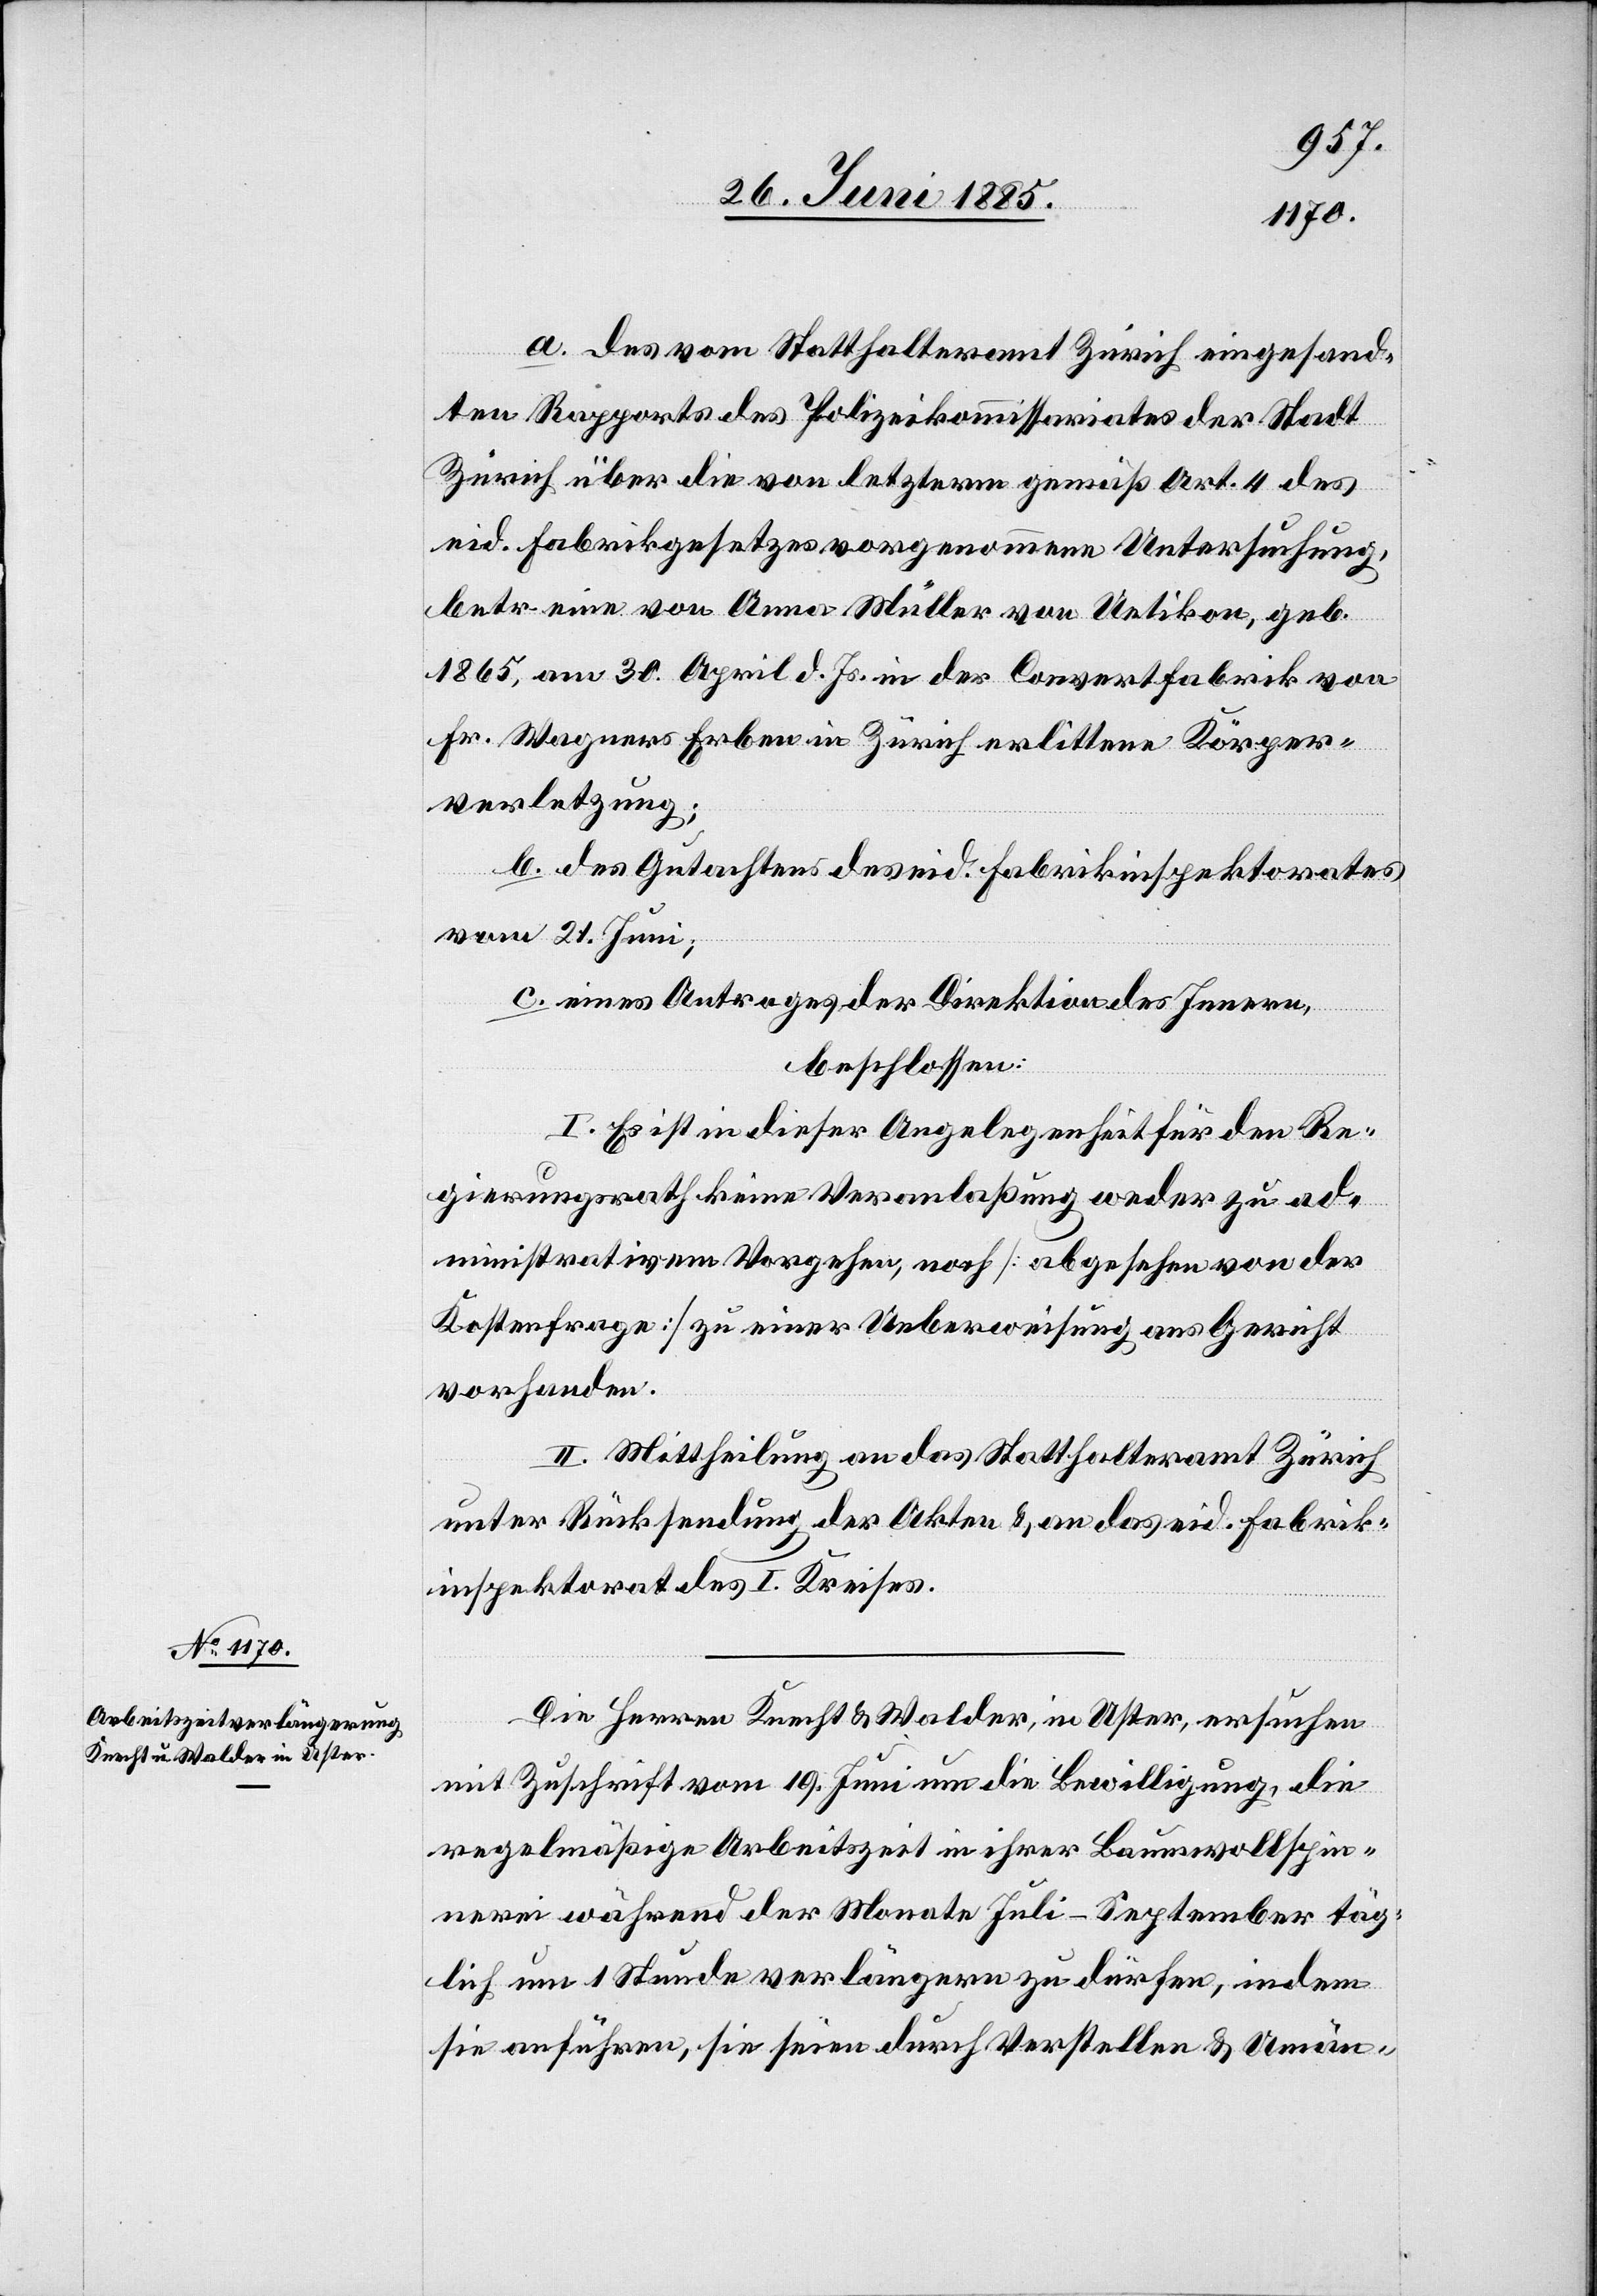
a. des vom Statthalteramt Zürich eingesand¬
ten Rapports des Polizeikommissariates der Stadt
Zürich über die von letzteren gemäß Art. 4 des
eid. Fabrikgesetzes vorgenommene Untersuchung,
betr. eine von Anna Müller von Uetikon, geb.
1865, am 30. April d. Js. in der Couvertfabrik von
Fr. Wagners Erben in Zürich erlittene Körper¬
verletzung;
b. des Gutachtens des eid. Fabrikinspektorates
vom 21. Juni;
c. eines Antrages der Direktion des Innern,
beschlossen:
I. Es ist in dieser Angelegenheit für den Re¬
gierungsrath keine Veranlaßung weder zu ad¬
ministrativem Vorgehen, noch [abgesehen von der
Kostenfrage] zu einer Ueberweisung ans Gericht
vorhanden.
II. Mittheilung an das Statthalteramt Zürich
unter Rücksendung der Akten & an das eid. Fabrik¬
inspektorat des I. Kreises.
Die Herren Knecht & Walder, in Uster, ersuchen
mit Zuschrift vom 19. Juni um die Bewilligung, die
regelmäßige Arbeitszeit in ihrer Baumwollspin¬
nerei während der Monate Juli–September täg¬
lich um 1 Stunde verlängern zu dürfen, indem
sie anführen, sie seien durch Verstellen & Umän-